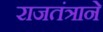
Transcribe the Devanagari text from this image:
राजतंत्राने